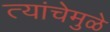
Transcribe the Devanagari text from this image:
त्यांचेमुळे